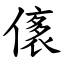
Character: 㒅